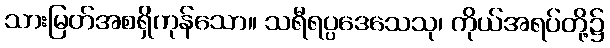
သားမြတ်အစရှိကုန်သော။ သရီရပ္ပဒေသေသု၊ ကိုယ်အရပ်တို့၌